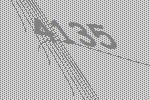
4135